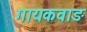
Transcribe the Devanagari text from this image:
गायकवाङ